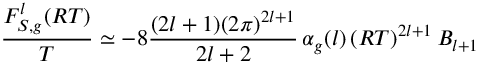
\frac { F _ { S , g } ^ { l } ( R T ) } { T } \simeq - 8 \frac { ( 2 l + 1 ) ( 2 \pi ) ^ { 2 l + 1 } } { 2 l + 2 } \, \alpha _ { g } ( l ) \, ( R T ) ^ { 2 l + 1 } \, B _ { l + 1 }